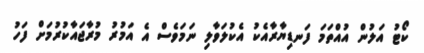
ކޯޓު އަލުން އުއްތަމަ ފަނޑިޔާރާއެކު އެކުލަވާލި ނަމަވެސް އެ އަމުރު މުރާޖައާކުރުމަށް ފަހު